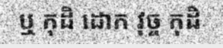
ឬ កុដិ ដោក វុច្ច កុដិ